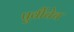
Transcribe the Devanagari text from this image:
पुर्वीचेच